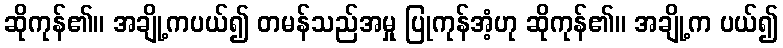
ဆိုကုန်၏။ အချို့ကပယ်၍ တမန်သည်အမှု ပြုကုန်အံ့ဟု ဆိုကုန်၏။ အချို့က ပယ်၍